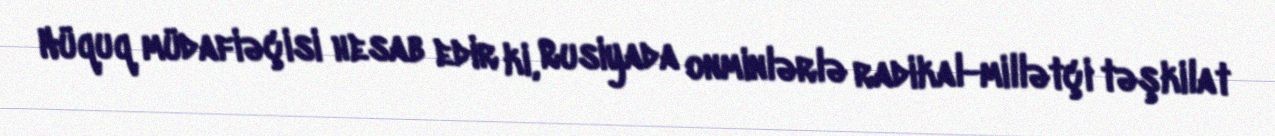
Hüquq müdafiəçisi hesab edir ki, Rusiyada onminlərlə radikal-millətçi təşkilat